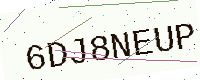
Text: 6DJ8NEUP